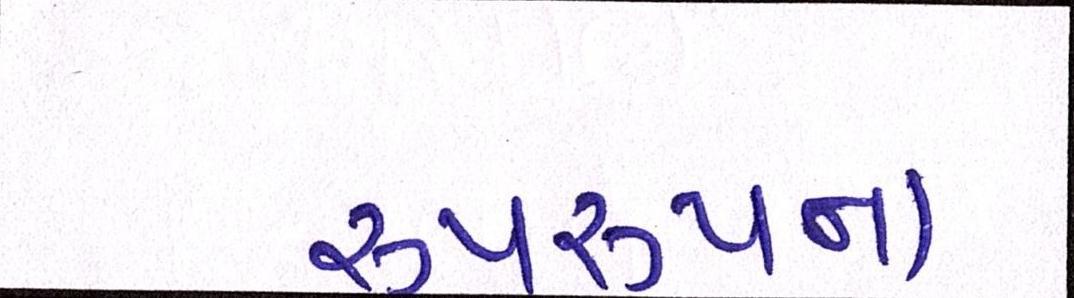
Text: રૂપરૂપના